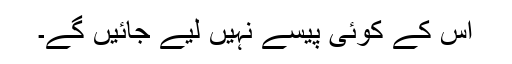
اس کے کوئی پیسے نہیں لیے جائیں گے۔